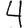
Digit: 4